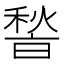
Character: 𮃢